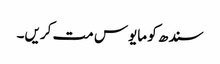
سندھ کو مایوس مت کریں۔